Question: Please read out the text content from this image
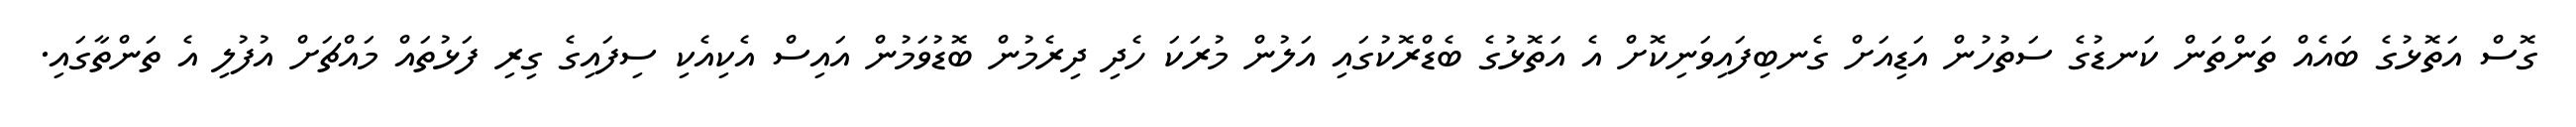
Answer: ގޮސް އަތޮޅުގެ ބައެއް ތަންތަން ކަނޑުގެ ސަތުހުން އަޑިއަށް ގެނބިފައިވަނިކޮށް އެ އަތޮޅުގެ ބެޑްރޮކުގައި އަލުން މުރަކަ ހެދި ދިރެމުން ބޮޑުވަމުން އައިސް އެކިއެކި ސިފައިގެ ގިރި ފަޅުތައް މައްޗަށް އުފުލި އެ ތަންތާގައި.